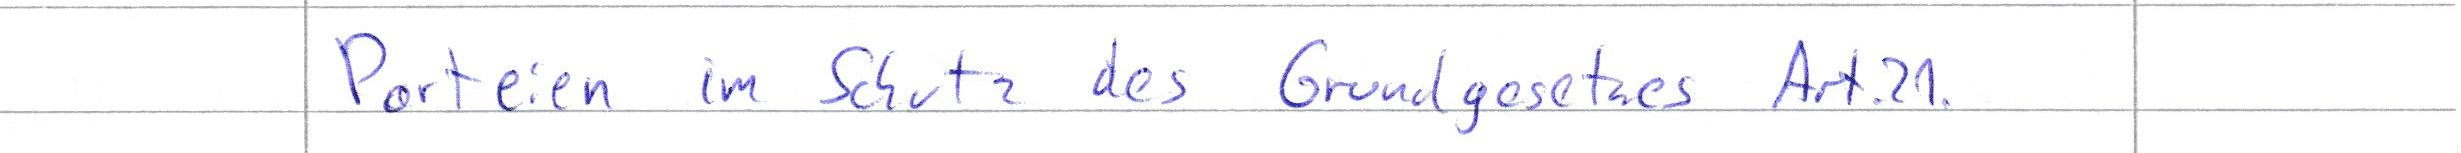
Parteien im Schutz des Grundgesetzes Art.21.